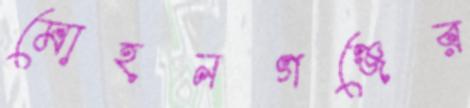
মোহনগঞ্জের